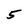
Character: 5